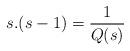
LaTeX: \begin{align*}s.(s-1)=\frac{1}{Q(s)}\end{align*}